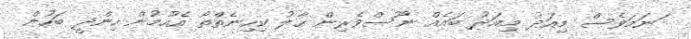
ަނަމަވެސް މިއަދު މިއަދު ބައެއް ނޫސްވެރިން ހާލު ކިހިނެތްތޯ އެހުމުން ހިންދީ ބަހުން